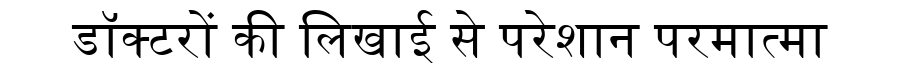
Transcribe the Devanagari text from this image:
डॉक्टरों की लिखाई से परेशान परमात्मा